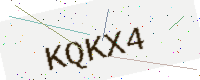
Text: KQKX4